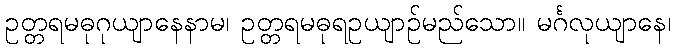
ဥတ္တရမဓုဂုယျာနေနာမ၊ ဥတ္တရမဓုရဥယျာဉ်မည်သော။ မင်္ဂလုယျာနေ၊